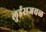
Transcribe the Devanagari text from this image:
लुईसजवळ